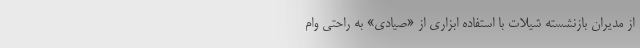
از مدیران بازنشسته شیلات با استفاده ابزاری از «صیادی» به راحتی وام